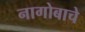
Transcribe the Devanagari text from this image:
नागोबाचे